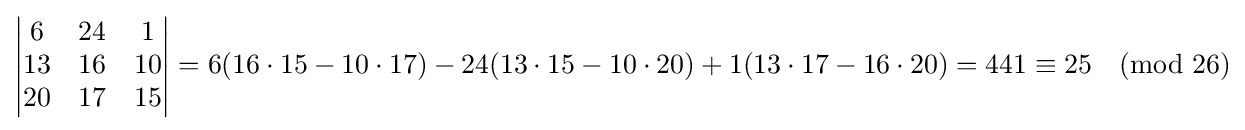
{\begin{vmatrix}6&24&1\\13&16&10\\20&17&15\end{vmatrix}}=6(16\cdot 15-10\cdot 17)-24(13\cdot 15-10\cdot 20)+1(13\cdot 17-16\cdot 20)=441\equiv 25{\pmod {26}}